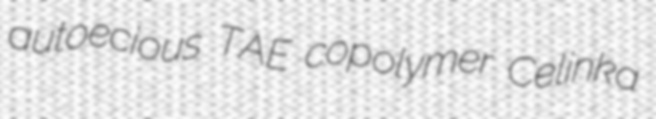
autoecious TAE copolymer Celinka